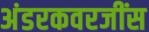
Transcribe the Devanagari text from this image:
अंडरकवरजींस